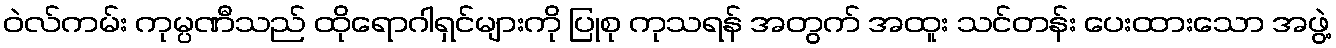
ဝဲလ်ကမ်း ကုမ္ပဏီသည် ထိုရောဂါရှင်များကို ပြုစု ကုသရန် အတွက် အထူး သင်တန်း ပေးထားသော အဖွဲ့